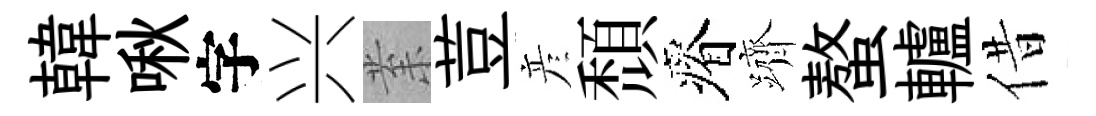
韓啾字兴𭪙荳彦頹瘠躋螯轤借